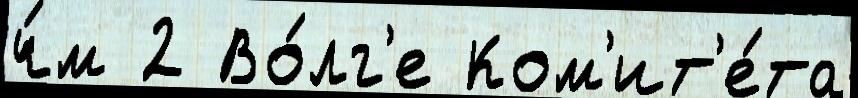
ч́м 2 Во́лг'е Ком'ит'е́та